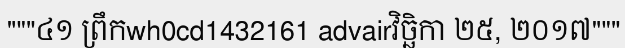
"""៤១ ព្រឹកwh0cd1432161 advairវិច្ឆិកា ២៥, ២០១៧"""